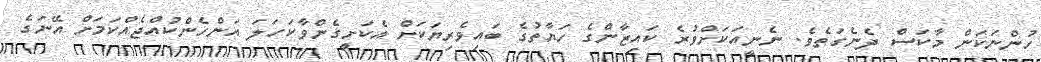
ހުންނަކަން މާކަސް ދެނެގަތެވެ. ނެނީއަކަށްވުރެ ކައިޒާންގެ ހަޔާތުގެ ބައިވެރިޔަކަށް އެކަށީގެންވާކަހަލަ އަންހެންކުއްޖެއްކަމަށް އޭނަގެ